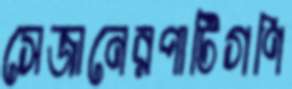
সেজানেরপাটিগণি